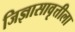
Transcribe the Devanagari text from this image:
जिज्ञासावृत्तीला